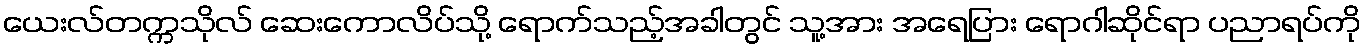
ယေးလ်တက္ကသိုလ် ဆေးကောလိပ်သို့ ရောက်သည့်အခါတွင် သူ့အား အရေပြား ရောဂါဆိုင်ရာ ပညာရပ်ကို